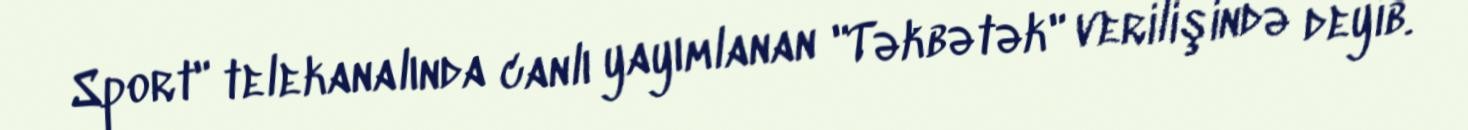
Sport" telekanalında canlı yayımlanan "Təkbətək" verilişində deyib.